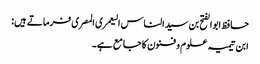
حافظ ابوالفتح بن سید الناس الیعمری المصری فرماتے ہیں:
ابن تیمیہ علوم و فنون کا جامع ہے۔